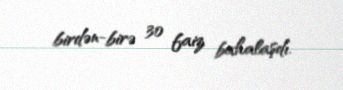
birdən-birə 30 faiz bahalaşdı.